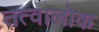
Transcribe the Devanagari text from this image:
तत्वालोक